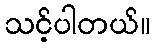
သင့်ပါတယ်။